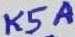
Text: K5A